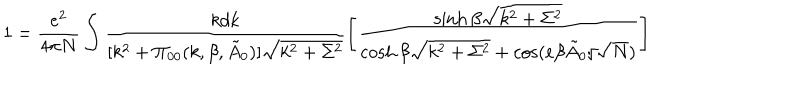
1 = \frac { e ^ { 2 } } { 4 \pi N } \int \frac { k d k } { [ k ^ { 2 } + \Pi _ { 0 0 } ( k , \beta , \tilde { A } _ { 0 } ) ] \sqrt { k ^ { 2 } + \Sigma ^ { 2 } } } \left[ \frac { \sinh \beta \sqrt { k ^ { 2 } + \Sigma ^ { 2 } } } { \cosh \beta \sqrt { k ^ { 2 } + \Sigma ^ { 2 } } + \cos ( e \beta \tilde { A } _ { 0 } / \sqrt { N } ) } \right]